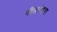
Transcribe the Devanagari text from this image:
नीलपंखचा